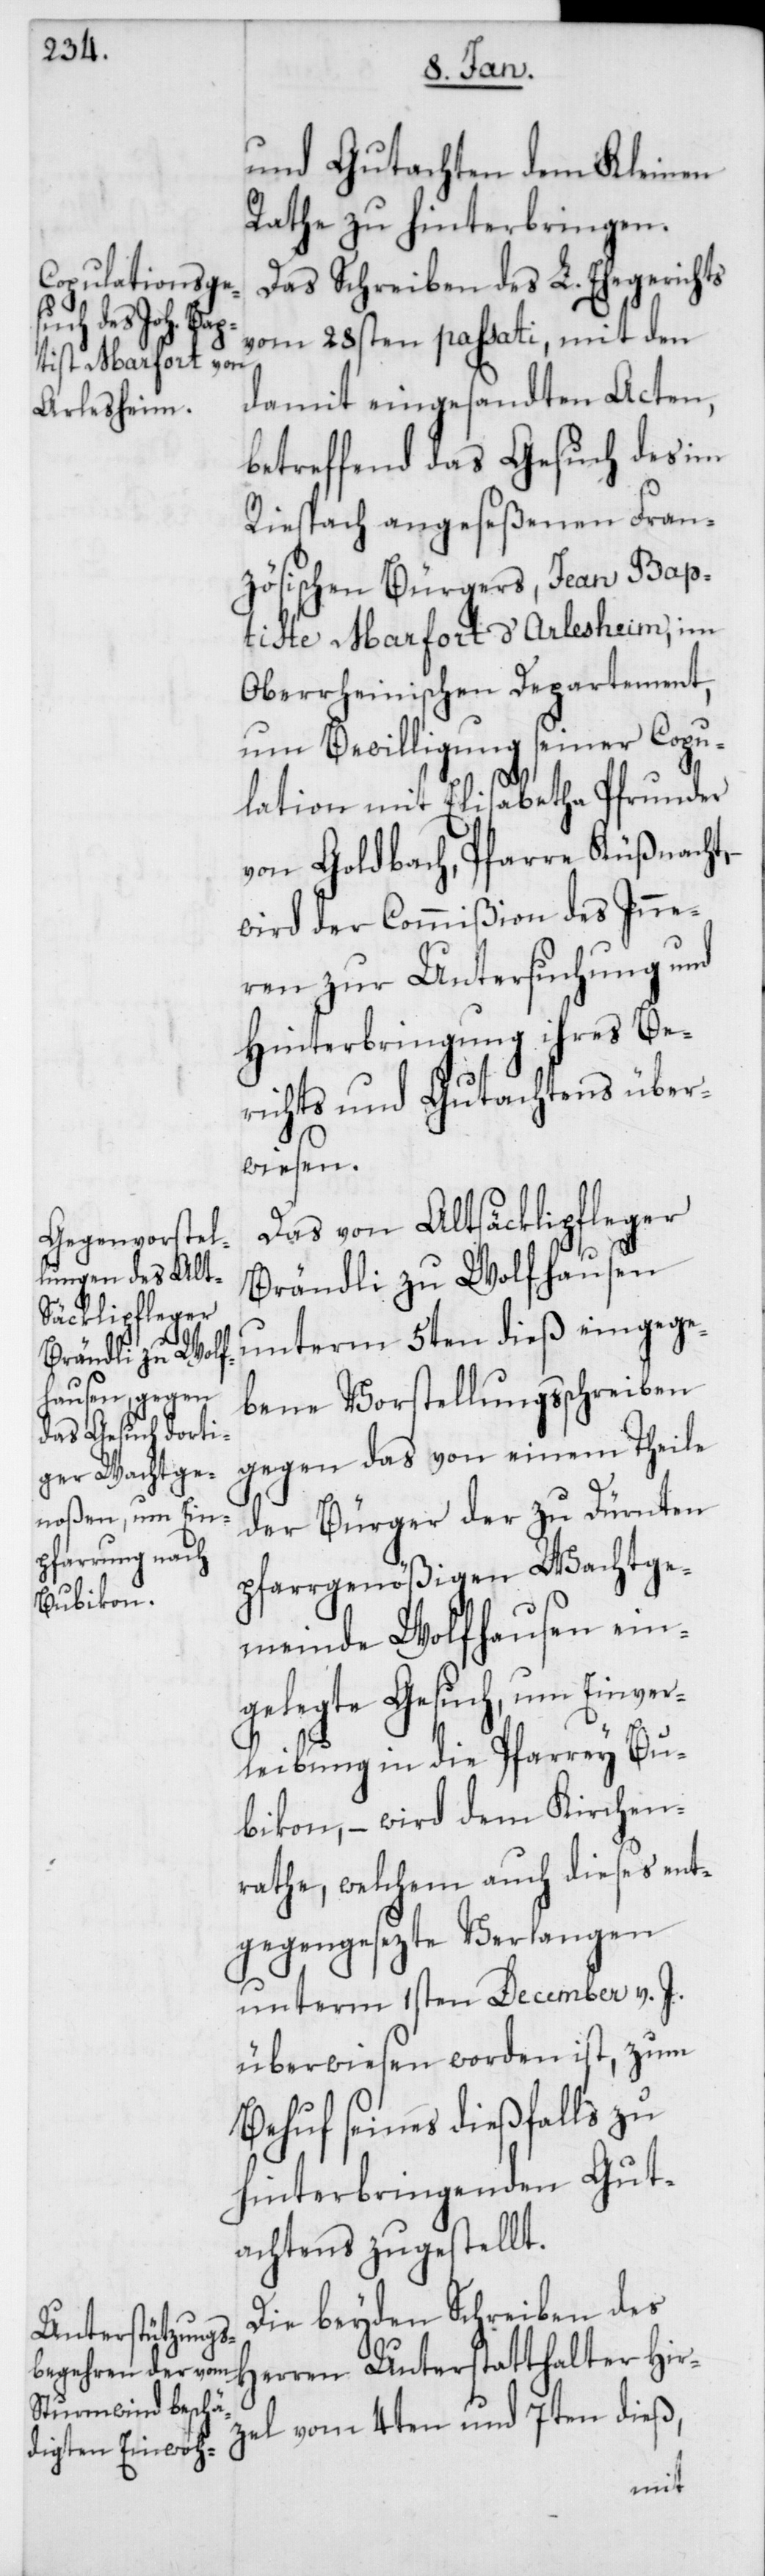
und Gutachten dem Kleinen
Rathe zu hinterbringen.
Das Schreiben des L. Ehegerichts
vom 28sten passati, mit den
damit eingesandten Acten,
betreffend das Gesuch des im
Riesbach angeseßenen Fran¬
zösischen Bürgers, Jean Bap¬
tiste Marfort d’Arlesheim, im
Oberrheinischen Departement,
um Bewilligung seiner Copu¬
lation mit Elisabetha Pfrunder
von Goldbach, Pfarre Küßnacht,
wird der Commißion des Inne¬
ren zur Untersuchung und
Hinterbringung ihres Be¬
richts und Gutachtens über¬
wiesen.
Das von Altsäcklipfleger
Brändli zu Wolfhausen
unterm 5ten dieß eingege¬
bene Vorstellungsschreiben
gegen das von einem Theile
der Bürger der zu Dürnten
pfarrgenößigen Wachtge¬
meinde Wolfhausen ein¬
gelegte Gesuch, um Einver¬
leibung in die Pfarrey Bu¬
bikon, – wird dem Kirchen¬
rathe, welchem auch dieses ent¬
gegengesezte Verlangen
unterm 1sten December v. J.
überwiesen worden ist, zum
Behuf seines dießfalls zu
hinterbringenden Gut¬
achtens zugestellt.
Die beyden Schreiben des
Herren Unterstatthalter Hir¬
zel vom 4ten und 7ten dieß,